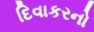
દિવાકરનો